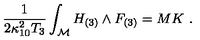
{ \frac { 1 } { 2 \kappa _ { 1 0 } ^ { 2 } T _ { 3 } } } \int _ { \cal M } H _ { ( 3 ) } \wedge F _ { ( 3 ) } = M K \ .